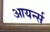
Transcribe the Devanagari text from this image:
आयर्न्स